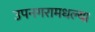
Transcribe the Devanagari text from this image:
उपनगरामधल्या